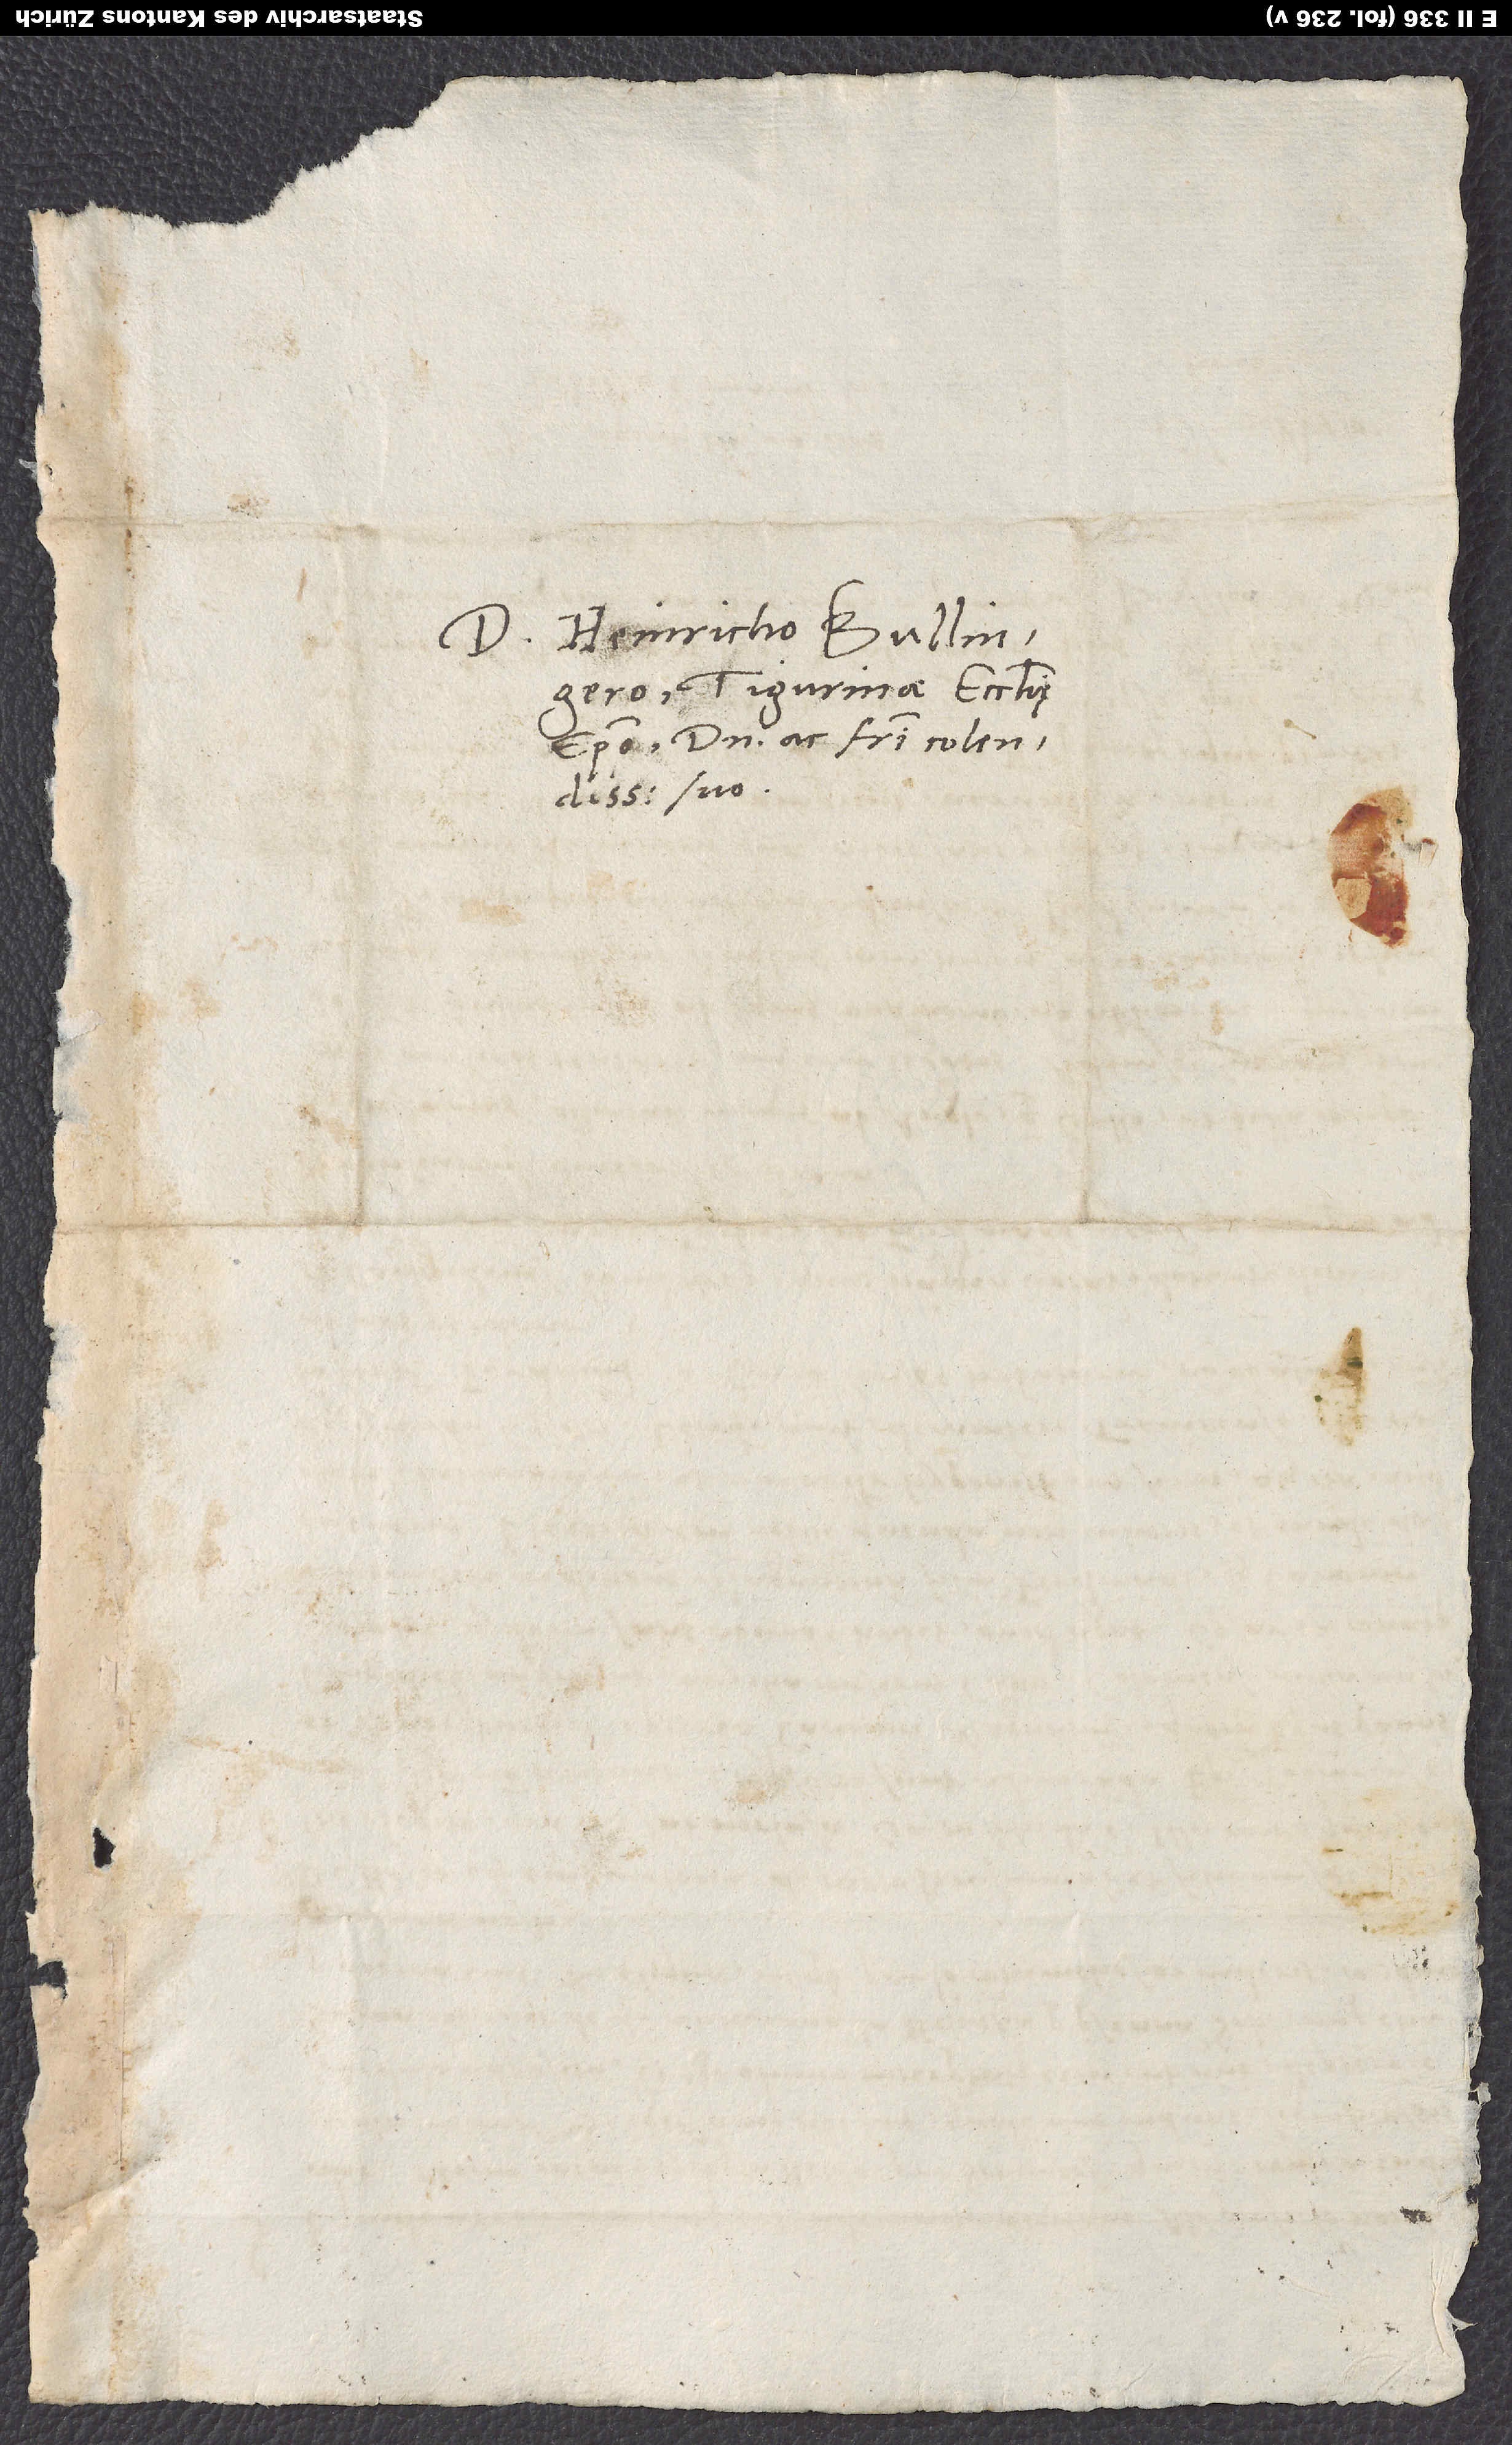
Heinricho Bullingero,
Tigurinae ecclesię
episcopo, domino et fratri colendissimo
suo.